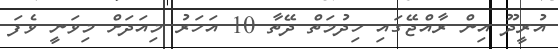
އުރީދޫ އިން ރާއްޖޭގައި ހިދުމަތް ދޭތާ 10 އަހަރު މިއަދަށް މިވަނީ ވެފަ